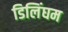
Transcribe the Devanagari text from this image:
डिलिंघम